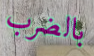
بالضرب